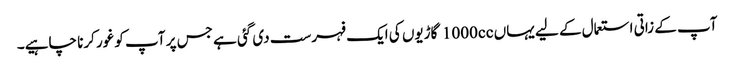
آپ کے زاتی استعمال کے لیے یہاں 1000cc گاڑیوں کی ایک فہرست دی گئی ہے جس پر آپ کو غور کرنا چاہیے۔